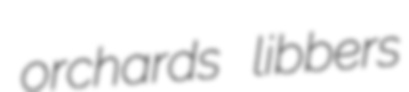
orchards libbers